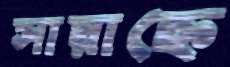
সায়াহ্নে